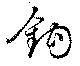
鈎